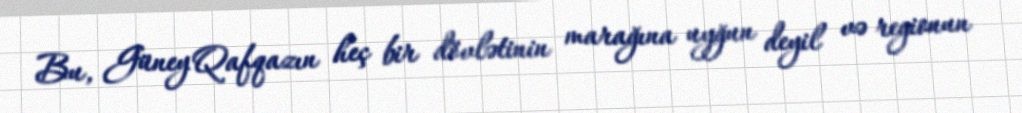
Bu, Güney Qafqazın heç bir dövlətinin marağına uyğun deyil və regionun